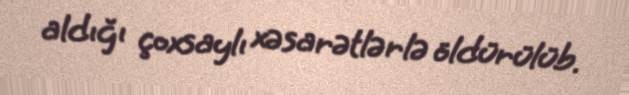
aldığı çoxsaylı xəsarətlərlə öldürülüb.